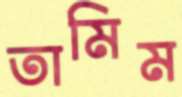
তামিম